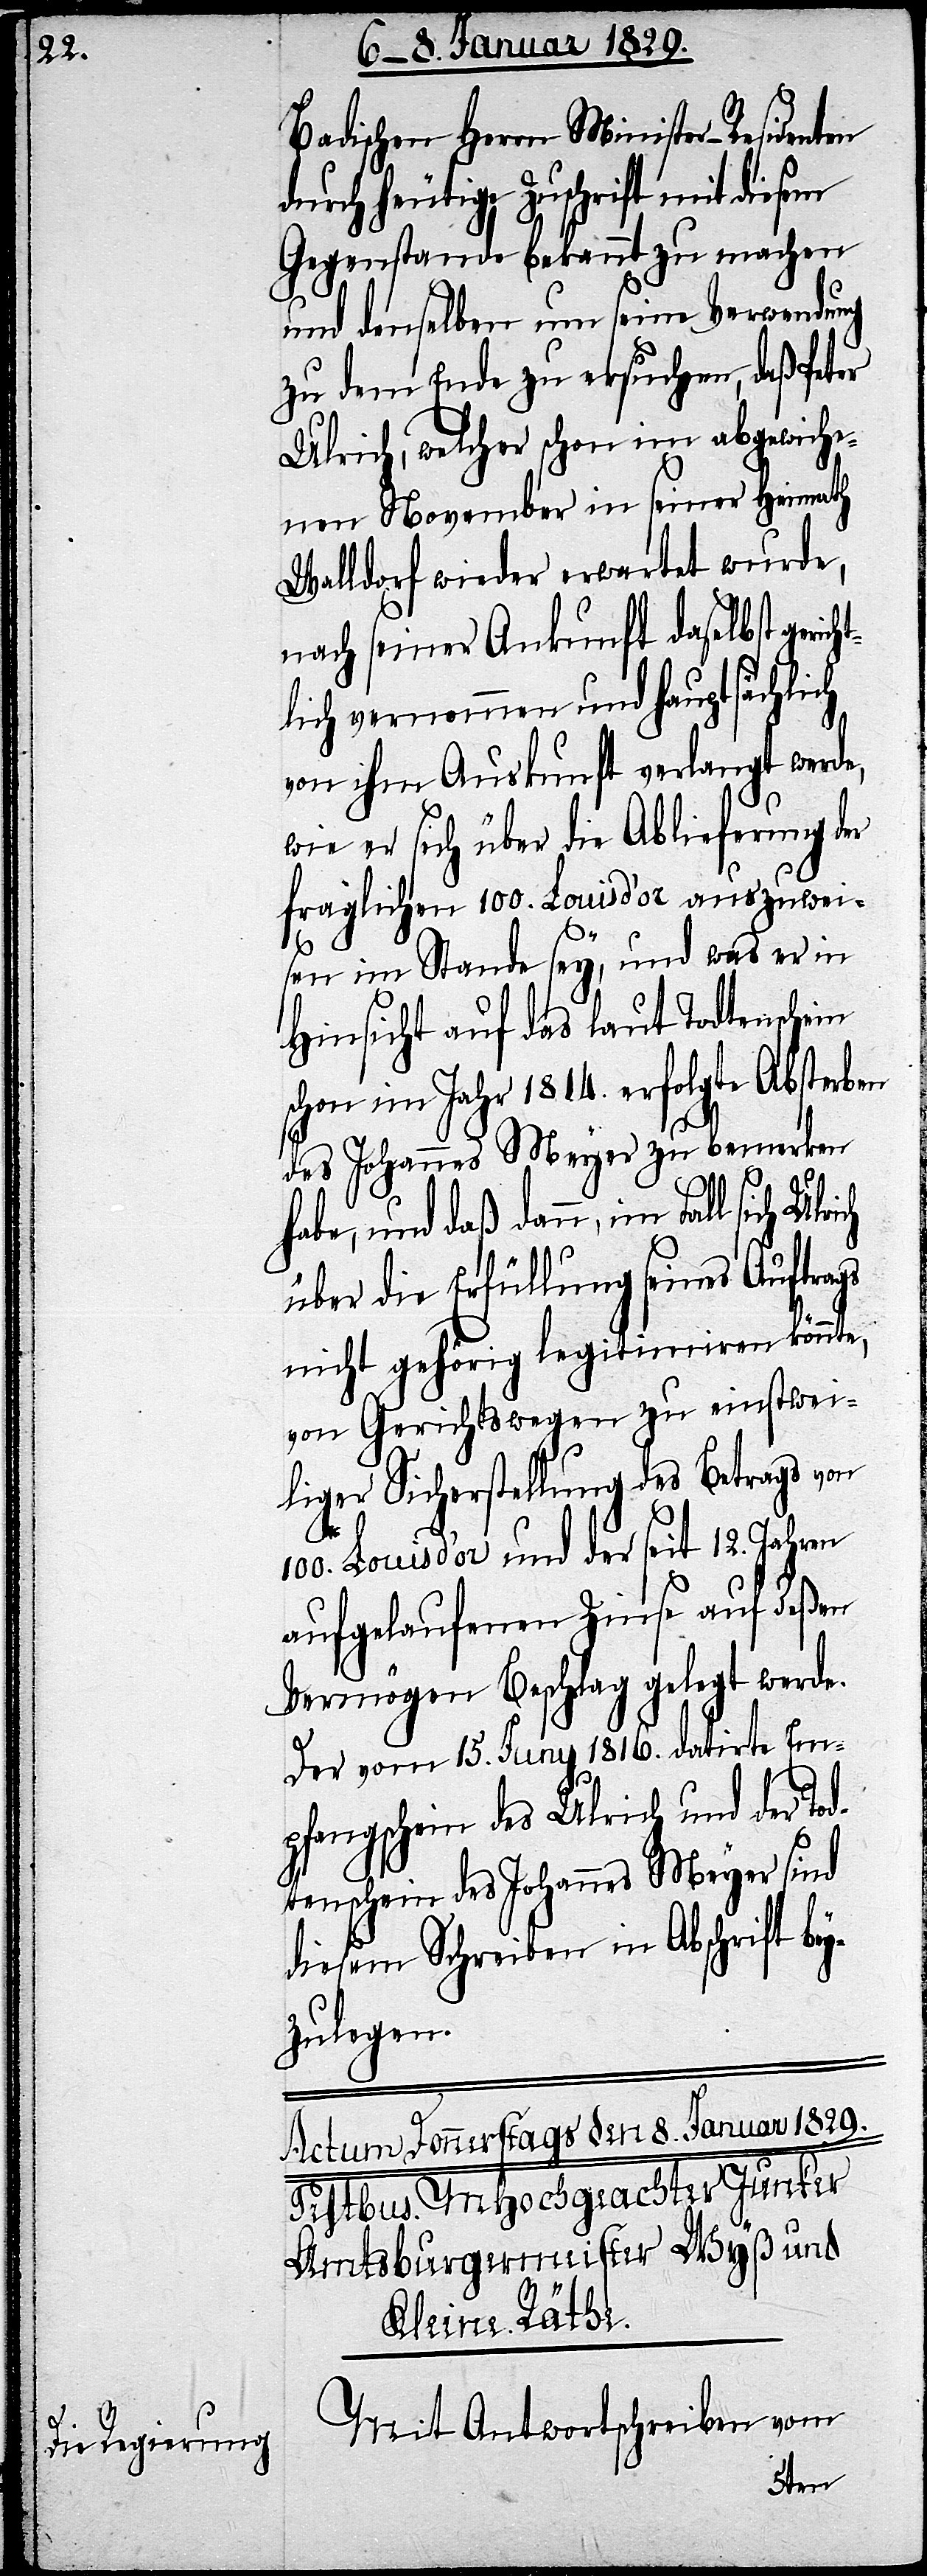
ht¬

Badischen Herrn Minister-Residenten
durch heutige Zuschrift mit diesem
Gegenstande bekannt zu machen
und denselben um seine Verwendung
zu dem Ende zu ersuchen, daß Pa¬
Ulrich, welcher schon im abgewiche¬
nen November in seiner Heimath
Walldorf wieder erwartet wurde,
nach seiner Ankunft daselbst geric¬
lich vernommen und hauptsächlich
von ihm Auskunft verlangt werde,
wie er sich über die Ablieferung der
fraglichen 100. Louisd’or auszuwei¬
sen im Stande sey, und was er in
Hinsicht auf das laut Todtenschein
schon im Jahr 1814. erfolgte Absterben
des Johannes Meyer zu bemerken
habe, und daß dann, im Fall sich
über die Erfüllung seines Auftrags
nicht gehörig legitimiren könnte,
von Gerichtswegen zu einstwei¬
liger Sicherstellung des Betrags von
100. Louisd’or und der seit 12. Jahren
aufgelaufenen Zinse auf deßen
Vermögen Beschlag gelegt werde.
Der vom 15. Juny 1816. datirte Em¬
pfangschein des Ulrich und der Tod¬
tenschein des Johannes Meyer sind
diesem Schreiben in Abschrift bey¬
zulegen.
Mit Antwortschreiben vom
ter